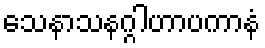
သေနာသနဂ္ဂါဟာပကာနံ